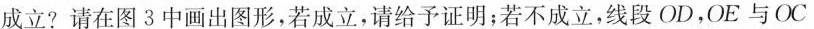
成立?请在图3中画出图形，若成立，请给予证明；若不成立，线段OD，OE与OC